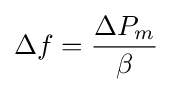
\Delta f={\frac {\Delta P_{m}}{\beta }}